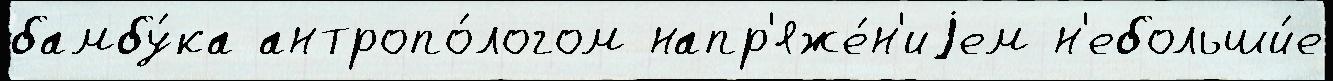
бамбу́ка антропо́логом напр'яже́н'иjем н'ебольши́е